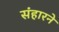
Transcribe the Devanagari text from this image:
संहारने